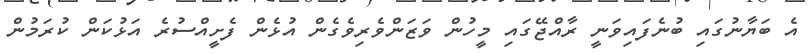
އެ ބަޔާނުގައި ބުނެފައިވަނީ ރާއްޖޭގައި މީހުން ވަޒަންވެރިވެގެން އުޅެން ފެށީއްސުރެ އަޅުކަން ކުރަމުން